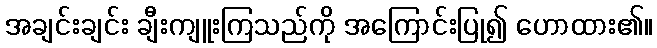
အချင်းချင်း ချီးကျူးကြသည်ကို အကြောင်းပြု၍ ဟောထား၏။